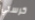
كرستي